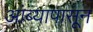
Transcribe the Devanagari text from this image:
आंब्यापासून